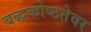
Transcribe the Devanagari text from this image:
बद्धकोष्ठतेवर